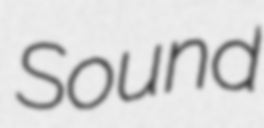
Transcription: Sound